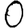
Digit: 0